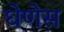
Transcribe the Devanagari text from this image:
घेणेस